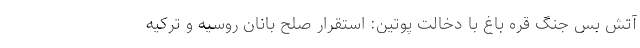
آتش بس جنگ قره باغ با دخالت پوتین: استقرار صلح بانان روسیه و ترکیه